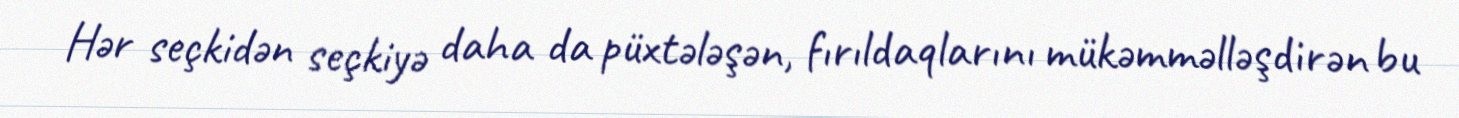
Hər seçkidən seçkiyə daha da püxtələşən, fırıldaqlarını mükəmməlləşdirən bu